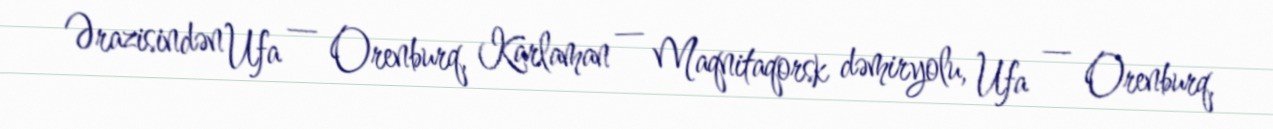
Ərazisindən Ufa — Orenburq, Karlaman — Maqnitaqorsk dəmiryolu, Ufa — Orenburq,